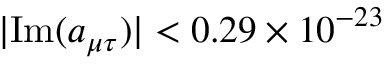
| \mathrm { I m } ( a _ { \mu \tau } ) | < 0 . 2 9 \times 1 0 ^ { - 2 3 }